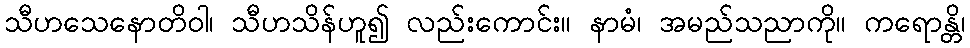
သီဟသေနောတိဝါ၊ သီဟသိန်ဟူ၍ လည်းကောင်း။ နာမံ၊ အမည်သညာကို။ ကရောန္တိ၊